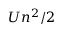
U n ^ { 2 } / 2